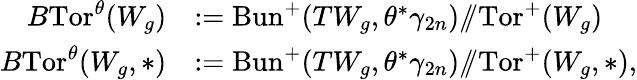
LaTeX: \begin{array}{rl}{B\mathrm{Tor}^{\theta}(W_{g})}&{:=\mathrm{Bun}^{+}(TW_{g},\theta^{*}\gamma_{2n})/\! \! /\mathrm{Tor}^{+}(W_{g})}\\ {B\mathrm{Tor}^{\theta}(W_{g},*)}&{:=\mathrm{Bun}^{+}(TW_{g},\theta^{*}\gamma_{2n})/\! \! /\mathrm{Tor}^{+}(W_{g},*),}\end{array}